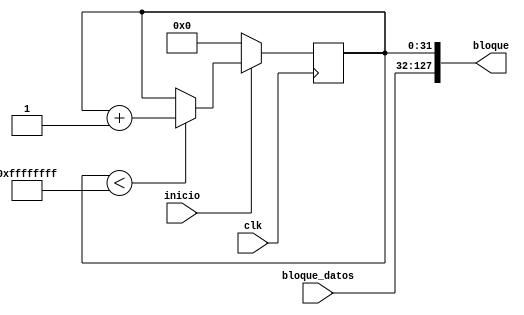
// ----------------------------------------------------------------------------------------------------------//
/*                                  Bloques generales y para desempeo                                       */                   
// ----------------------------------------------------------------------------------------------------------//
module cargar_datos (
    input clk,
    input [95:0] bloque_datos, // 96 bits son 12 bytes
    input inicio, // similar a un reset
    output reg [127:0] bloque // El bloque es de 16 bytes
    ); 

    reg [31:0] nonce; // El nonce es un array con profundidad 4 con palabras de 8 bits

    always @(posedge clk) begin
        if(~inicio) begin
            nonce <= 0; // Nonce inicial        
        end
        else begin
           if(nonce < 'hff_ff_ff_ff)
                nonce <= nonce + 1;
        end
    end

    always @(*) begin
        bloque[0 +: 32] = nonce;
        bloque[32 +: 128] = bloque_datos;
    end
endmodule

// ----------------------------------------------------------------------------------------------------------//
module generar_W (
    input [127:0] bloque, // Entrada 
    output reg [255:0] W); // Salida es el bloque con las operaciones

    integer i;
    always @(*) begin
        for (i = 0; i < 16; i = i+1) // Llenar el resto de W
            W[i*8 +: 8] = bloque[i*8 +: 8]; // Llena W comenzando en 0 y va hasta el bit 128 
            
        for (i = 16; i < 32; i = i+1) // Llenar el resto de W
            W[i*8 +: 8] = W[(i-3)*8 +: 8] | W[(i-9)*8 +: 8] ^ W[(i-14)*8 +: 8];
        
    end
endmodule
// ----------------------------------------------------------------------------------------------------------//

module algo_hash (
    input [255:0] W,
    output reg [23:0] H); // hash propuesto para verificar - 24 bits = 8 bits, 8 bits, 8 bits,

    integer i;
    reg [7:0] a, b, c, k, x_;
    reg [23:0] H_int;

    always @(*) begin
        H_int[0+:8] <= 'h01;
        H_int[8+:8] <= 'h89;
        H_int[16+:8] <= 'hFE;
        a = H_int[0+:8];
        b = H_int[8+:8];
        c = H_int[16+:8];
        i = 0;
        k = 0;
        x_ = 0;
        H = 0;

        for(i = 0; i < 32; i = i+1) begin
            if(i >= 0 && i <=16) begin
                k = 'h99;
                x_ = a ^ b;
            end
        
            else if(i >= 17 && i <= 31) begin
                k = 'hA1;
                x_ = a | b;
            end
            a = b ^ c;
            b = c << 4;
            c = x_ + k + W[i*8 +: 8];
        end

        H[0+:8] = H_int[0+:8] + a;
        H[8+:8] = H_int[8+:8] + b;
        H[16+:8] = H_int[16+:8] + c;
    end

endmodule
// ----------------------------------------------------------------------------------------------------------//

module comparador_target_hash (
    input [23:0] H,
    input [7:0] target,
    output reg [23:0] bounty,
    output reg terminado);
    
    integer i;
    always @(*) begin
            // valores por defecto
            bounty = 0;
            terminado = 0;

            if(H[8+:8] < target && H[16+:8] < target) begin // 
                terminado = 1;
                bounty = H;
            end 
            else begin
                terminado = 0;
                bounty = 0;
            end
    end
endmodule
// ----------------------------------------------------------------------------------------------------------//